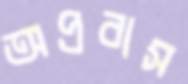
অপ্রবাস